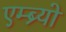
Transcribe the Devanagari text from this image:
एम्ब्र्यो